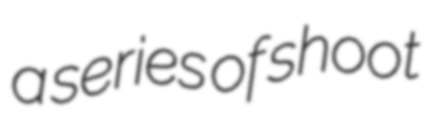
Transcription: a series of shoot